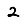
Digit: 2